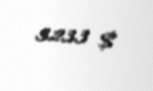
3233 $